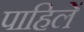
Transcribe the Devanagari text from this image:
पाहिलें